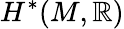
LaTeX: H^{*}(M,\mathbb{R})